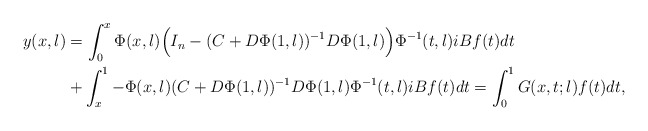
\begin{align*} y(x,\l) &= \int_0^x \Phi(x,\l) \Bigl(I_n - (C+D\Phi(1,\l))^{-1} D \Phi(1,\l)\Bigr)\Phi^{-1}(t,\l) i B f(t)dt \\ &+ \int_x^1 -\Phi(x,\l) (C+D\Phi(1,\l))^{-1} D \Phi(1,\l)\Phi^{-1}(t,\l) i B f(t)dt = \int_0^1 G(x,t;\l)f(t)dt,\end{align*}